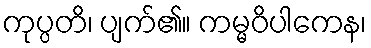
ကုပ္ပတိ၊ ပျက်၏။ ကမ္မဝိပါကေန၊